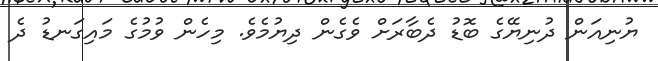
ޔުނިއަން ދުނިޔޭގެ ބޮޑު ދެބާރަށް ވެގެން ދިޔުމެވެ. މިހެން ވުމުގެ މައިގަނޑު ދެ